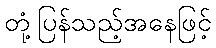
တုံ့ပြန်သည့်အနေဖြင့်